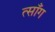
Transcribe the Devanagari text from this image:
त्साँग